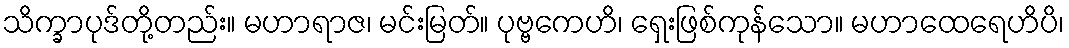
သိက္ခာပုဒ်တို့တည်း။ မဟာရာဇ၊ မင်းမြတ်။ ပုဗ္ဗကေဟိ၊ ရှေးဖြစ်ကုန်သော။ မဟာထေရေဟိပိ၊